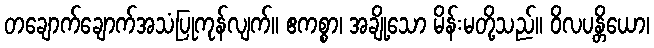
တချောက်ချောက်အသံပြုကုန်လျက်။ ဧကစ္စာ၊ အချို့သော မိန်းမတို့သည်။ ဝိလပန္တိယော၊